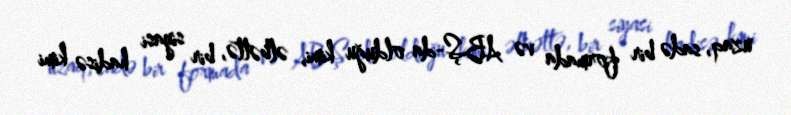
uzaq, sadə bir formada və ABŞ-da olduğu kimi, əlbəttə, bir siyasi hadisə kimi